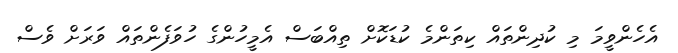
އެހެންވީމަ މި ކުދިންތައް ކިތަންމެ ކުޑަކޮށް ތިއްބަސް އެމީހުންގެ ހުވަފެންތައް ވަރަށް ވެސް